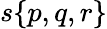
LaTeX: s{\left\{ \begin{array}{l}{p,q,r}\end{array}\right\} }